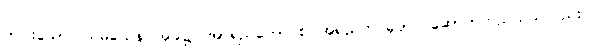
တပါးသော။ သမယေန၊ အခါ၌။ အာရညကော စ၊ အရညကင်ဓုတင် ဆောက်တည်သည်လည်း။